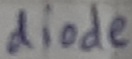
Text: diode